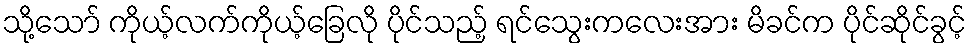
သို့သော် ကိုယ့်လက်ကိုယ့်ခြေလို ပိုင်သည့် ရင်သွေးကလေးအား မိခင်က ပိုင်ဆိုင်ခွင့်